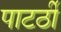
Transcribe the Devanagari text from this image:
पाटर्ठी